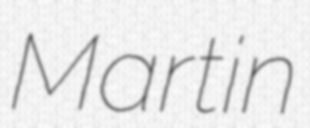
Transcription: Martin